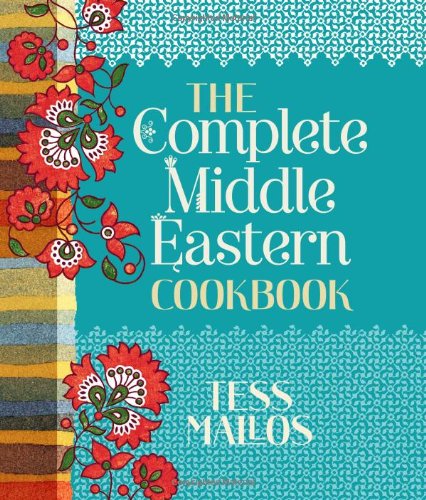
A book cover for Complete Middle Eastern Cookbook; Tess Mallos; Cookbooks, Food & Wine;